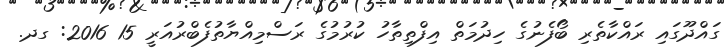
ގައްދޫގައި ރައްކާތެރި ބޯފެނުގެ ހިދުމަތް އިފްތިތާހު ކުރުމުގެ ރަސްމިއްޔާތުފެބްރުއަރީ 15 2016: ގދ.